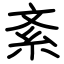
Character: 紊